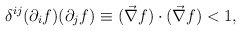
\begin{align*}\delta^{ij}(\partial_{i}f)(\partial_{j} f)\equiv (\vec{\nabla}f)\cdot (\vec{\nabla}f) <1,\end{align*}